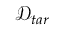
\mathcal { D } _ { t a r }